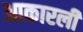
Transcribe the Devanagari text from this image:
आकारली